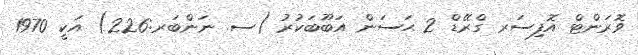
ވޮރަންޓް އޮފިސަރ ގްރޭޑް 2 ޙަސަން އަބޫބަކުރު (ސ. ނަންބަރ:226) އަކީ 1970